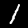
Digit: 1